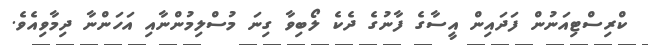
ކްރިސްޓިއަނުން ފަދައިން އީސާގެ ފާނުގެ ދެކެ ލޯބިވާ ގިނަ މުސްލިމުންނާއި އަހަންނާ ދިމާވިއެވެ.